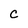
Character: c